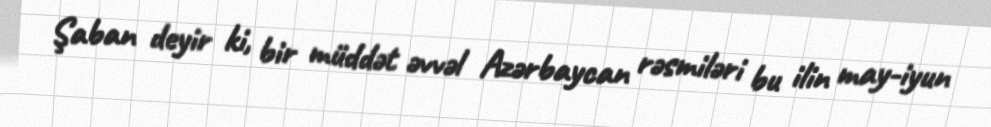
Şaban deyir ki, bir müddət əvvəl Azərbaycan rəsmiləri bu ilin may-iyun